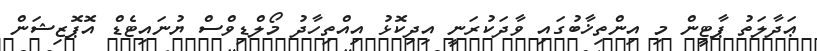
ޢަދާލަތު ޕާޓީން މި އިންތިޚާބުގައި ވާދަކުރަނީ އިދިކޮޅު އިއްތިހާދު މޯލްޑިވްސް ޔުނައިޓެޑް އޮޕޮޒިޝަން